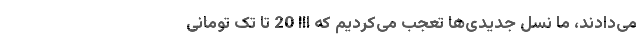
می‌دادند، ما نسل جدیدی‌ها تعجب می‌کردیم که اِاِاِ 20 تا تک تومانی